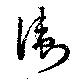
衛